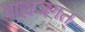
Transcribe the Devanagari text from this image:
बाह्यजगत्